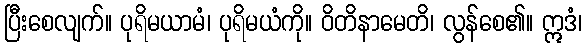
ပြီးစေလျက်။ ပုရိမယာမံ၊ ပုရိမယံကို။ ဝိတိနာမေတိ၊ လွန်စေ၏။ ဣဒံ၊